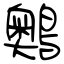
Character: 䴈